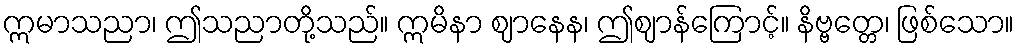
ဣမာသညာ၊ ဤသညာတို့သည်။ ဣမိနာ ဈာနေန၊ ဤဈာန်ကြောင့်။ နိဗ္ဗတ္တေ၊ ဖြစ်သော။